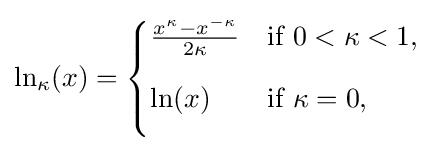
\ln _{\kappa }(x)={\begin{cases}{\frac {x^{\kappa }-x^{-\kappa }}{2\kappa }}&{\text{if }}0<\kappa <1,\\[8pt]\ln(x)&{\text{if }}\kappa =0,\\[8pt]\end{cases}}